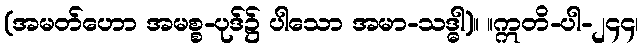
(အမတ်ဟော အမစ္စ-ပုဒ်၌ ပါသော အမာ-သဒ္ဓါ)။ ။ဣတိ-ပါ-၂၄၄၊